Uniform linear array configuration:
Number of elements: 8
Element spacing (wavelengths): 0.5
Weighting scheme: hamming
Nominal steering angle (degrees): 45
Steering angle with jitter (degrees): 46.904
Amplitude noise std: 0.05
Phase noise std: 0.05

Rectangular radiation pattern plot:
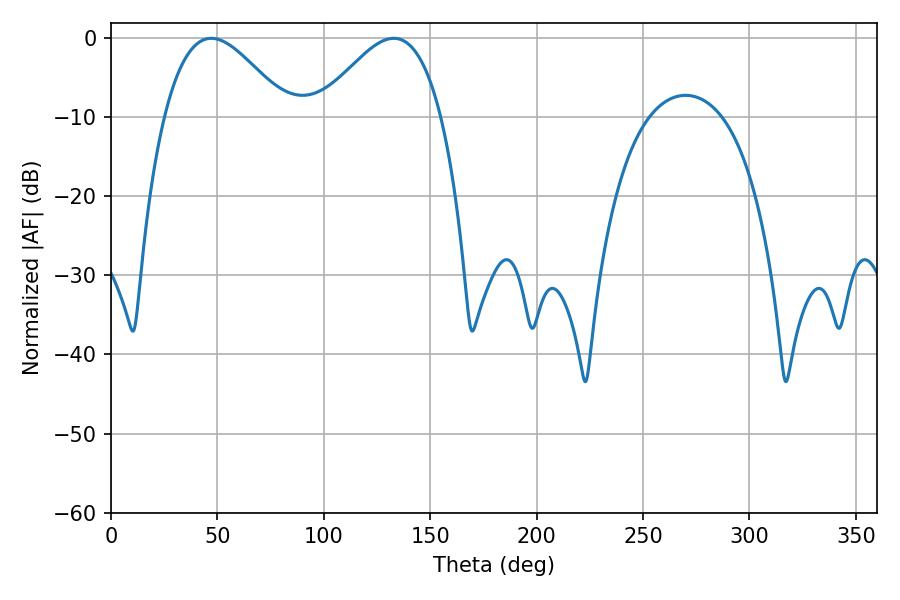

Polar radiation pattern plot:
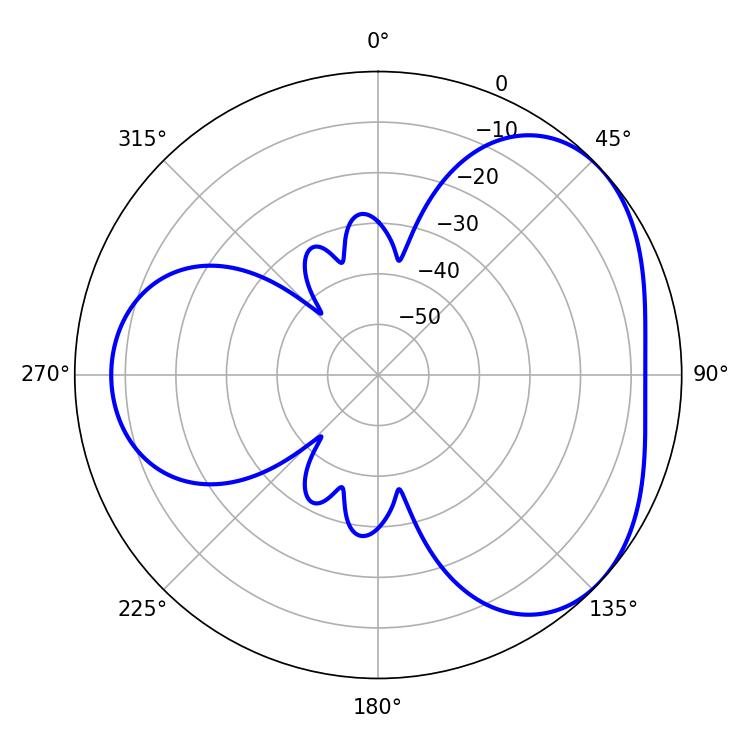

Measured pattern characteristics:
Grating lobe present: FALSE
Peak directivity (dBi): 3.865
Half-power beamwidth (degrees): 31.14
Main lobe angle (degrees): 47.16